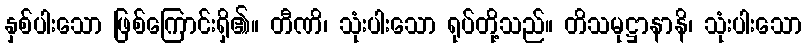
နှစ်ပါးသော ဖြစ်ကြောင်းရှိ၏။ တီဏိ၊ သုံးပါးသော ရုပ်တို့သည်။ တိသမုဋ္ဌာနာနိ၊ သုံးပါးသော